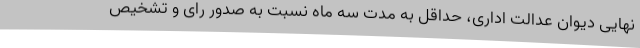
نهایی دیوان عدالت اداری، حداقل به مدت سه ماه نسبت به صدور رای و تشخیص